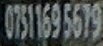
07511695619